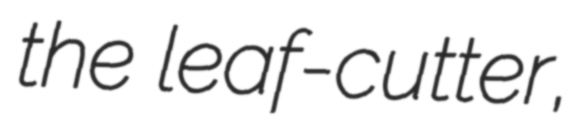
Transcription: the leaf-cutter,